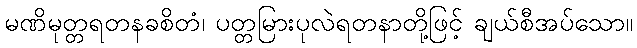
မဏိမုတ္တရတနခစိတံ၊ ပတ္တမြားပုလဲရတနာတို့ဖြင့် ချယ်စီအပ်သော။